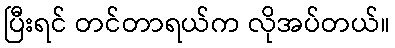
ပြီးရင် တင်တာရယ်က လိုအပ်တယ်။